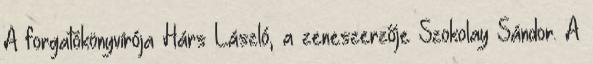
A forgatókönyvírója Hárs László, a zeneszerzője Szokolay Sándor. A